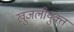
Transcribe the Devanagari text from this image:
खुजलीयुक्त